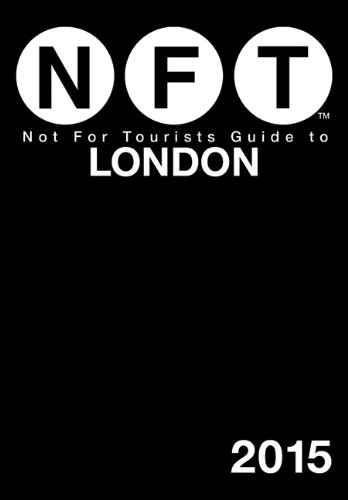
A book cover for Not For Tourists Guide to London 2015; Not For Tourists; Travel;